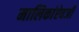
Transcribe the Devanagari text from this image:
मालिकांऐवजी